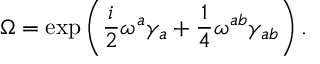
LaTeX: \Omega = \exp \left( \frac { i } { 2 } \omega ^ { a } \gamma _ { a } + \frac { 1 } { 4 } \omega ^ { a b } \gamma _ { a b } \right) .